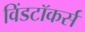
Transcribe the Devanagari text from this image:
विंडटॉकर्स